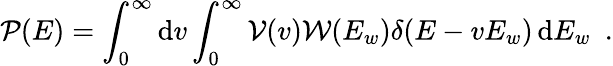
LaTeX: \mathcal{P}(E)=\int_{0}^{\infty}\mathrm{d}v\int_{0}^{\infty}\mathcal{V}(v)\mathcal{W}(E_{w})\delta(E-vE_{w})\, \mathrm{d}E_{w}~~.